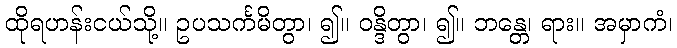
ထိုရဟန်းငယ်သို့။ ဥပသင်္ကမိတွာ၊ ၍။ ဝန္ဒိတွာ၊ ၍။ ဘန္တေ၊ ရား။ အမှာကံ၊